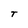
Character: T